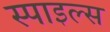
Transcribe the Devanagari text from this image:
स्पाइल्स